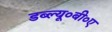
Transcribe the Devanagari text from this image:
डब्ल्यू०बी०ए